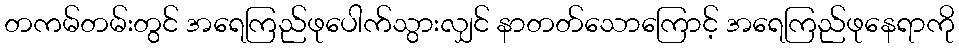
တကမ်တမ်းတွင် အရေကြည်ဖုပေါက်သွားလျှင် နာတတ်သောကြောင့် အရေကြည်ဖုနေရာကို